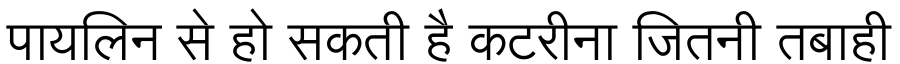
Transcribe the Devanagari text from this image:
पायलिन से हो सकती है कटरीना जितनी तबाही